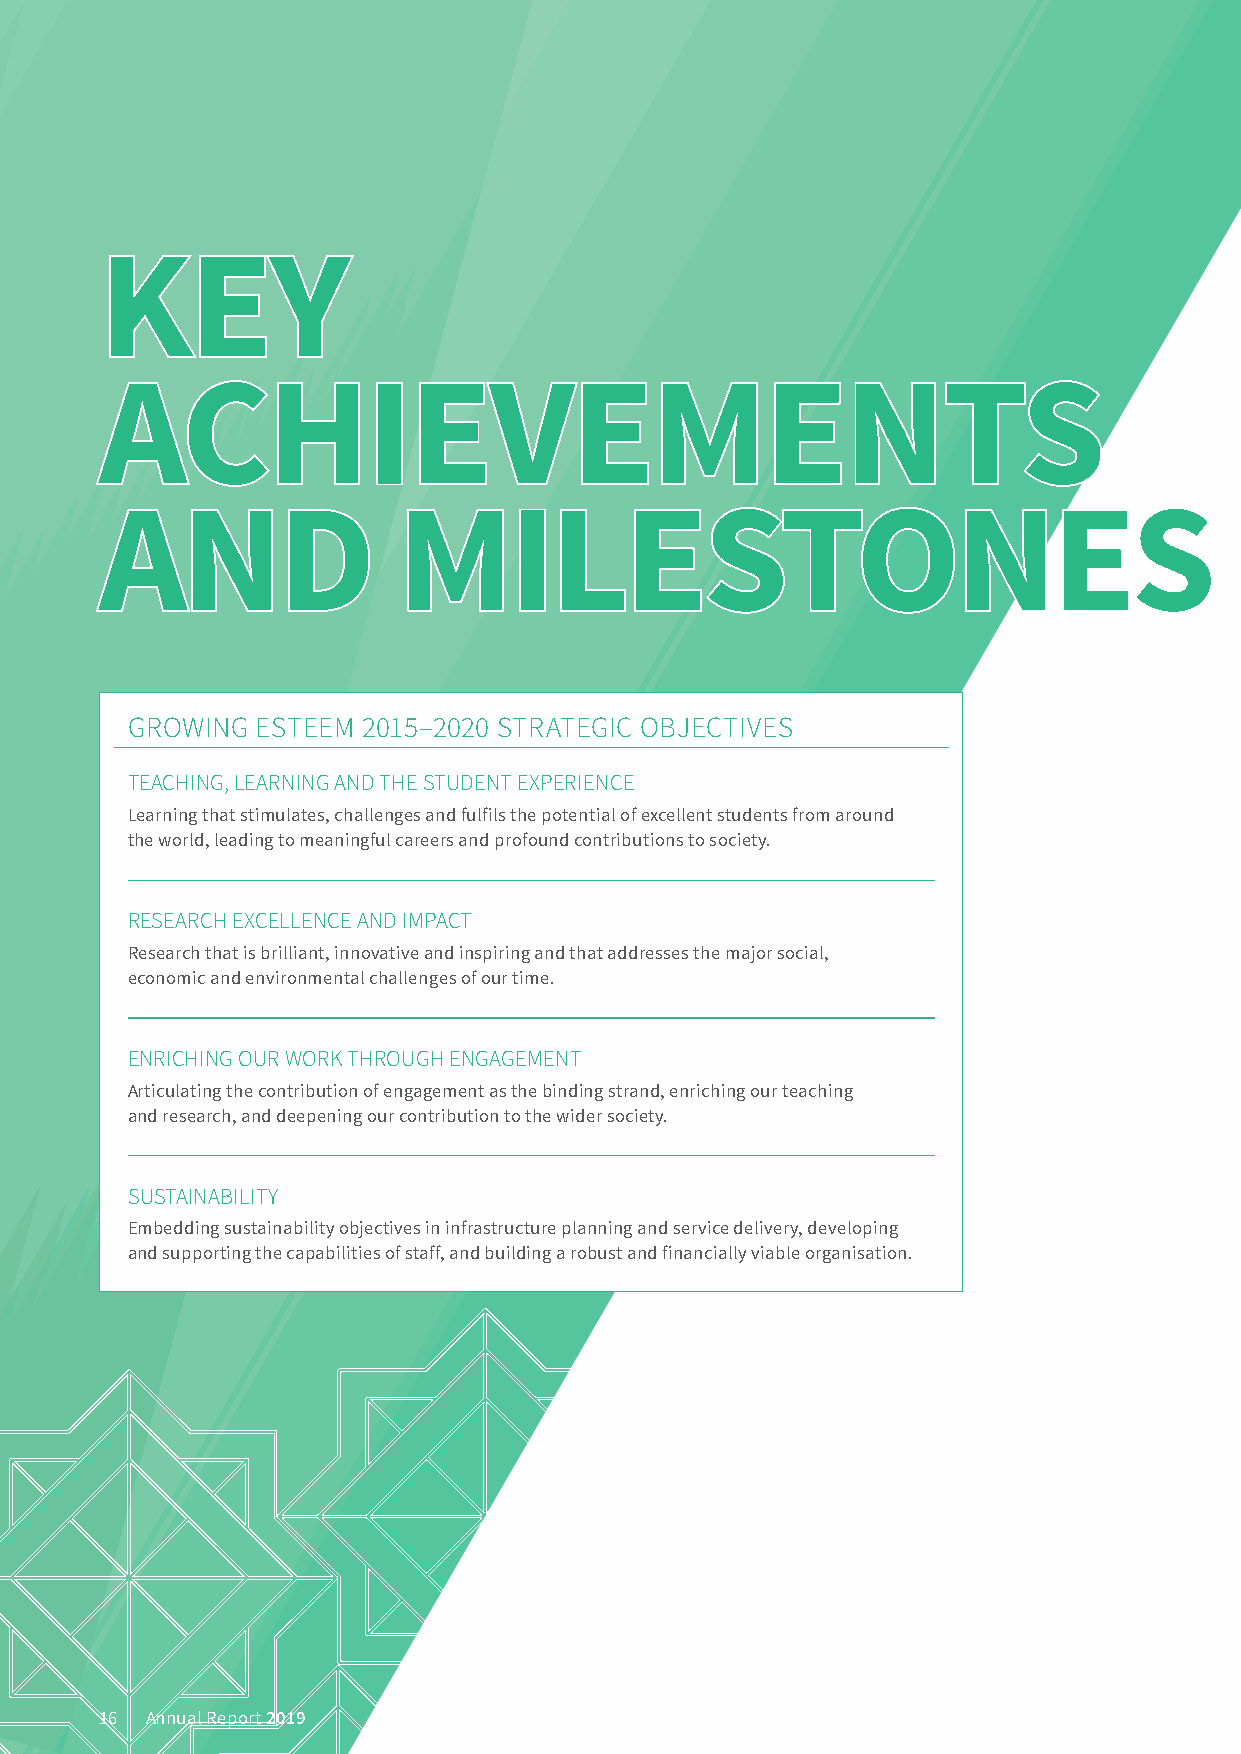
KKKEEEYYY
 AAACCCHHHIIIEEEVVVEEEMMMEEENNNTTTSSS
 AAANNNDDD          MMMIIILLLEEESSSTTTOOONNNEEESSS
 GROWING  ESTEEM 2015–2020 STRATEGIC OBJECTIVES
 TEACHING, LEARNING AND THE STUDENT EXPERIENCE
 Learning that stimulates, challenges and fulfils the potential of excellent students from around
 the world, leading to meaningful careers and profound contributions to society.
 RESEARCH EXCELLENCE AND IMPACT
 Research that is brilliant, innovative and inspiring and that addresses the major social,
 economic and environmental challenges of our time.
 ENRICHING OUR WORK THROUGH ENGAGEMENT
 Articulating the contribution of engagement as the binding strand, enriching our teaching
 and research, and deepening our contribution to the wider society.
 SUSTAINABILITY
 Embedding sustainability objectives in infrastructure planning and service delivery, developing
 and supporting the capabilities of staff, and building a robust and financially viable organisation.
 16 Annual Report 2019